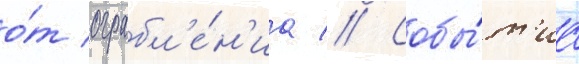
о́т ограбл'е́н'иа // Собы́т'иа